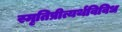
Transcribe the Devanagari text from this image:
स्मृतिप्रीत्यर्थविविध